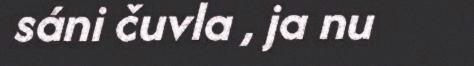
sáni čuvla , ja nu